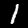
Label: 1